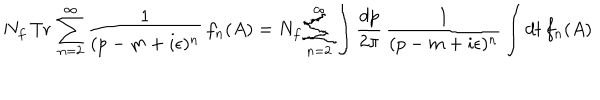
N _ { f } \, \mathrm { T r } \, \sum _ { n = 2 } ^ { \infty } \frac { 1 } { ( p - m + i \epsilon ) ^ { n } } \, f _ { n } ( A ) = N _ { f } \sum _ { n = 2 } ^ { \infty } \int \frac { d p } { 2 \pi } \, \frac { 1 } { ( p - m + i \epsilon ) ^ { n } } \int d t \, f _ { n } ( A )